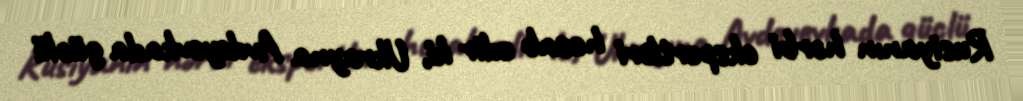
Rusiyanın hərbi ekspertləri hesab edir ki, Ukrayna Avdeyevkada güclü